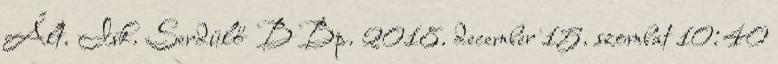
Ált. Isk. Serdülő B Bp. 2018. december 15. szombat 10:40